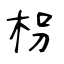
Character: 枴